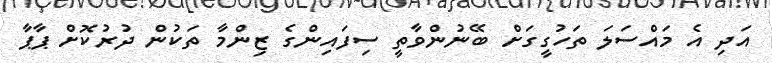
އަދި އެ މައްސަލަ ތަހުގީގަށް ބޭނުންވާތީ ސިފައިންގެ ޒިންމާ ތަކުން ދުރުކޮށް ޕާޕާ